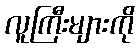
လူကြီးများကို